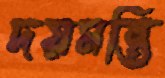
দয়মন্তি